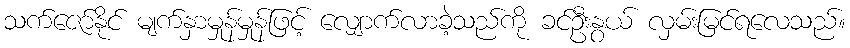
သက်ဇော်နိုင် မျက်နှာမှုန်မှုန်ဖြင့် လျှောက်လာခဲ့သည်ကို ခင်ဦးနွယ် လှမ်းမြင်ရလေသည်။